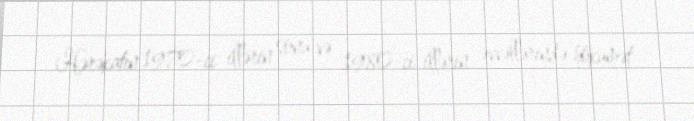
Hərəkatın 1970-ci illərin sonu və 1980-ci illərin əvvəllərində hökumət